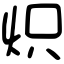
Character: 炽